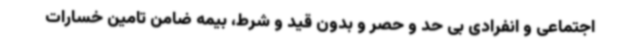
اجتماعی و انفرادی بی حد و حصر و بدون قید و شرط، بیمه ضامن تامین خسارات